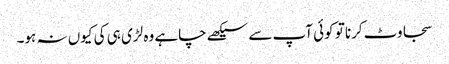
سجاوٹ کرنا تو کوئی آپ سے سیکھے چاہے وہ لڑی ہی کی کیوں نہ ہو۔